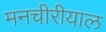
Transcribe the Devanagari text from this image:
मनचीरीयाल